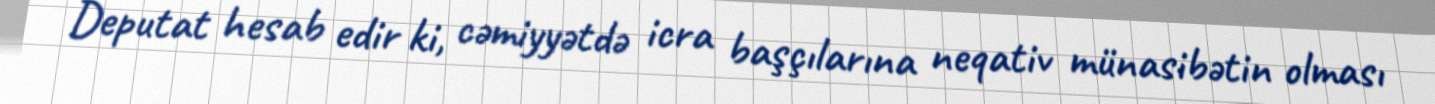
Deputat hesab edir ki, cəmiyyətdə icra başçılarına neqativ münasibətin olması